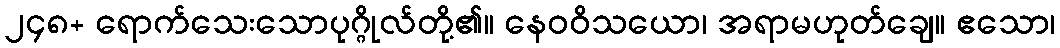
၂၄၈+ ရောက်သေးသောပုဂ္ဂိုလ်တို့၏။ နေဝဝိသယော၊ အရာမဟုတ်ချေ။ ဧသော၊